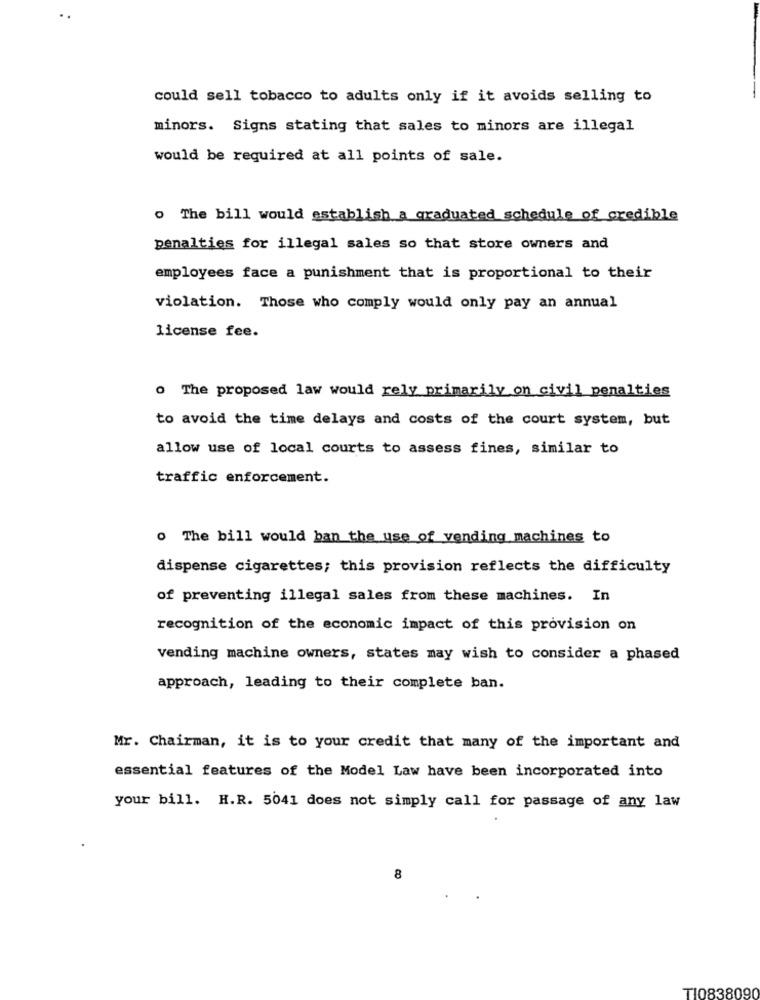
..
could sell tobacco to adults only if it avoids selling to
minors. Signs stating that sales to minors are illegal
would be required at all points of sale.
. The bill would establish a graduated schedule of credible
penalties for illegal sales so that store owners and
employees face a punishment that is proportional to their
violation. Those who comply would only pay an annual
license fee.
0 The proposed law would rely primarily on civil penalties
to avoid the time delays and costs of the court system, but
allow use of local courts to assess fines, similar to
traffic enforcement.
o The bill would ban the use of vending machines to
dispense cigarettes; this provision reflects the difficulty
of preventing illegal sales from these machines. In
recognition of the economic impact of this provision on
vending machine owners, states may wish to consider a phased
approach, leading to their complete ban.
Mr. Chairman, it is to your credit that many of the important and
essential features of the Model Law have been incorporated into
your bill. H.R. 5041 does not simply call for passage of any law
8
T10838090